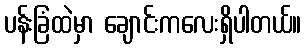
ပန်းခြံထဲမှာ ချောင်းကလေးရှိပါတယ်။